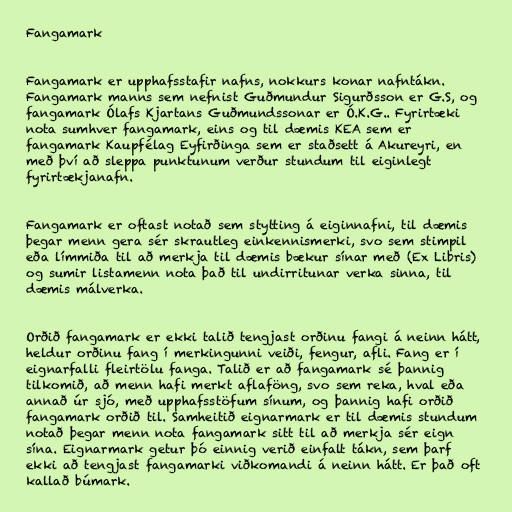
Fangamark

Fangamark er upphafsstafir nafns, nokkurs konar nafntákn.
Fangamark manns sem nefnist Guðmundur Sigurðsson er G.S, og
fangamark Ólafs Kjartans Guðmundssonar er Ó.K.G.. Fyrirtæki
nota sumhver fangamark, eins og til dæmis KEA sem er
fangamark Kaupfélag Eyfirðinga sem er staðsett á Akureyri, en
með því að sleppa punktunum verður stundum til eiginlegt
fyrirtækjanafn.

Fangamark er oftast notað sem stytting á eiginnafni, til dæmis
þegar menn gera sér skrautleg einkennismerki, svo sem stimpil
eða límmiða til að merkja til dæmis bækur sínar með (Ex Libris)
og sumir listamenn nota það til undirritunar verka sinna, til
dæmis málverka.

Orðið fangamark er ekki talið tengjast orðinu fangi á neinn hátt,
heldur orðinu fang í merkingunni veiði, fengur, afli. Fang er í
eignarfalli fleirtölu fanga. Talið er að fangamark sé þannig
tilkomið, að menn hafi merkt aflaföng, svo sem reka, hval eða
annað úr sjó, með upphafsstöfum sínum, og þannig hafi orðið
fangamark orðið til. Samheitið eignarmark er til dæmis stundum
notað þegar menn nota fangamark sitt til að merkja sér eign
sína. Eignarmark getur þó einnig verið einfalt tákn, sem þarf
ekki að tengjast fangamarki viðkomandi á neinn hátt. Er það oft
kallað búmark.